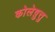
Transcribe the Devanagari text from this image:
कोलेष़ुत्तु